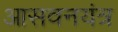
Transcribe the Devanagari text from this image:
आसवनयंत्र